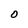
Character: O